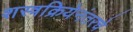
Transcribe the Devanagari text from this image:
शस्त्रक्रियेनंतरचे